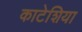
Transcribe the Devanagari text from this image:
काटेशिया